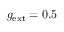
g _ { \mathrm { e x t } } = 0 . 5